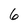
Character: 6